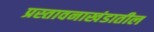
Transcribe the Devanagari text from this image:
प्रस्तावनाखंडातील